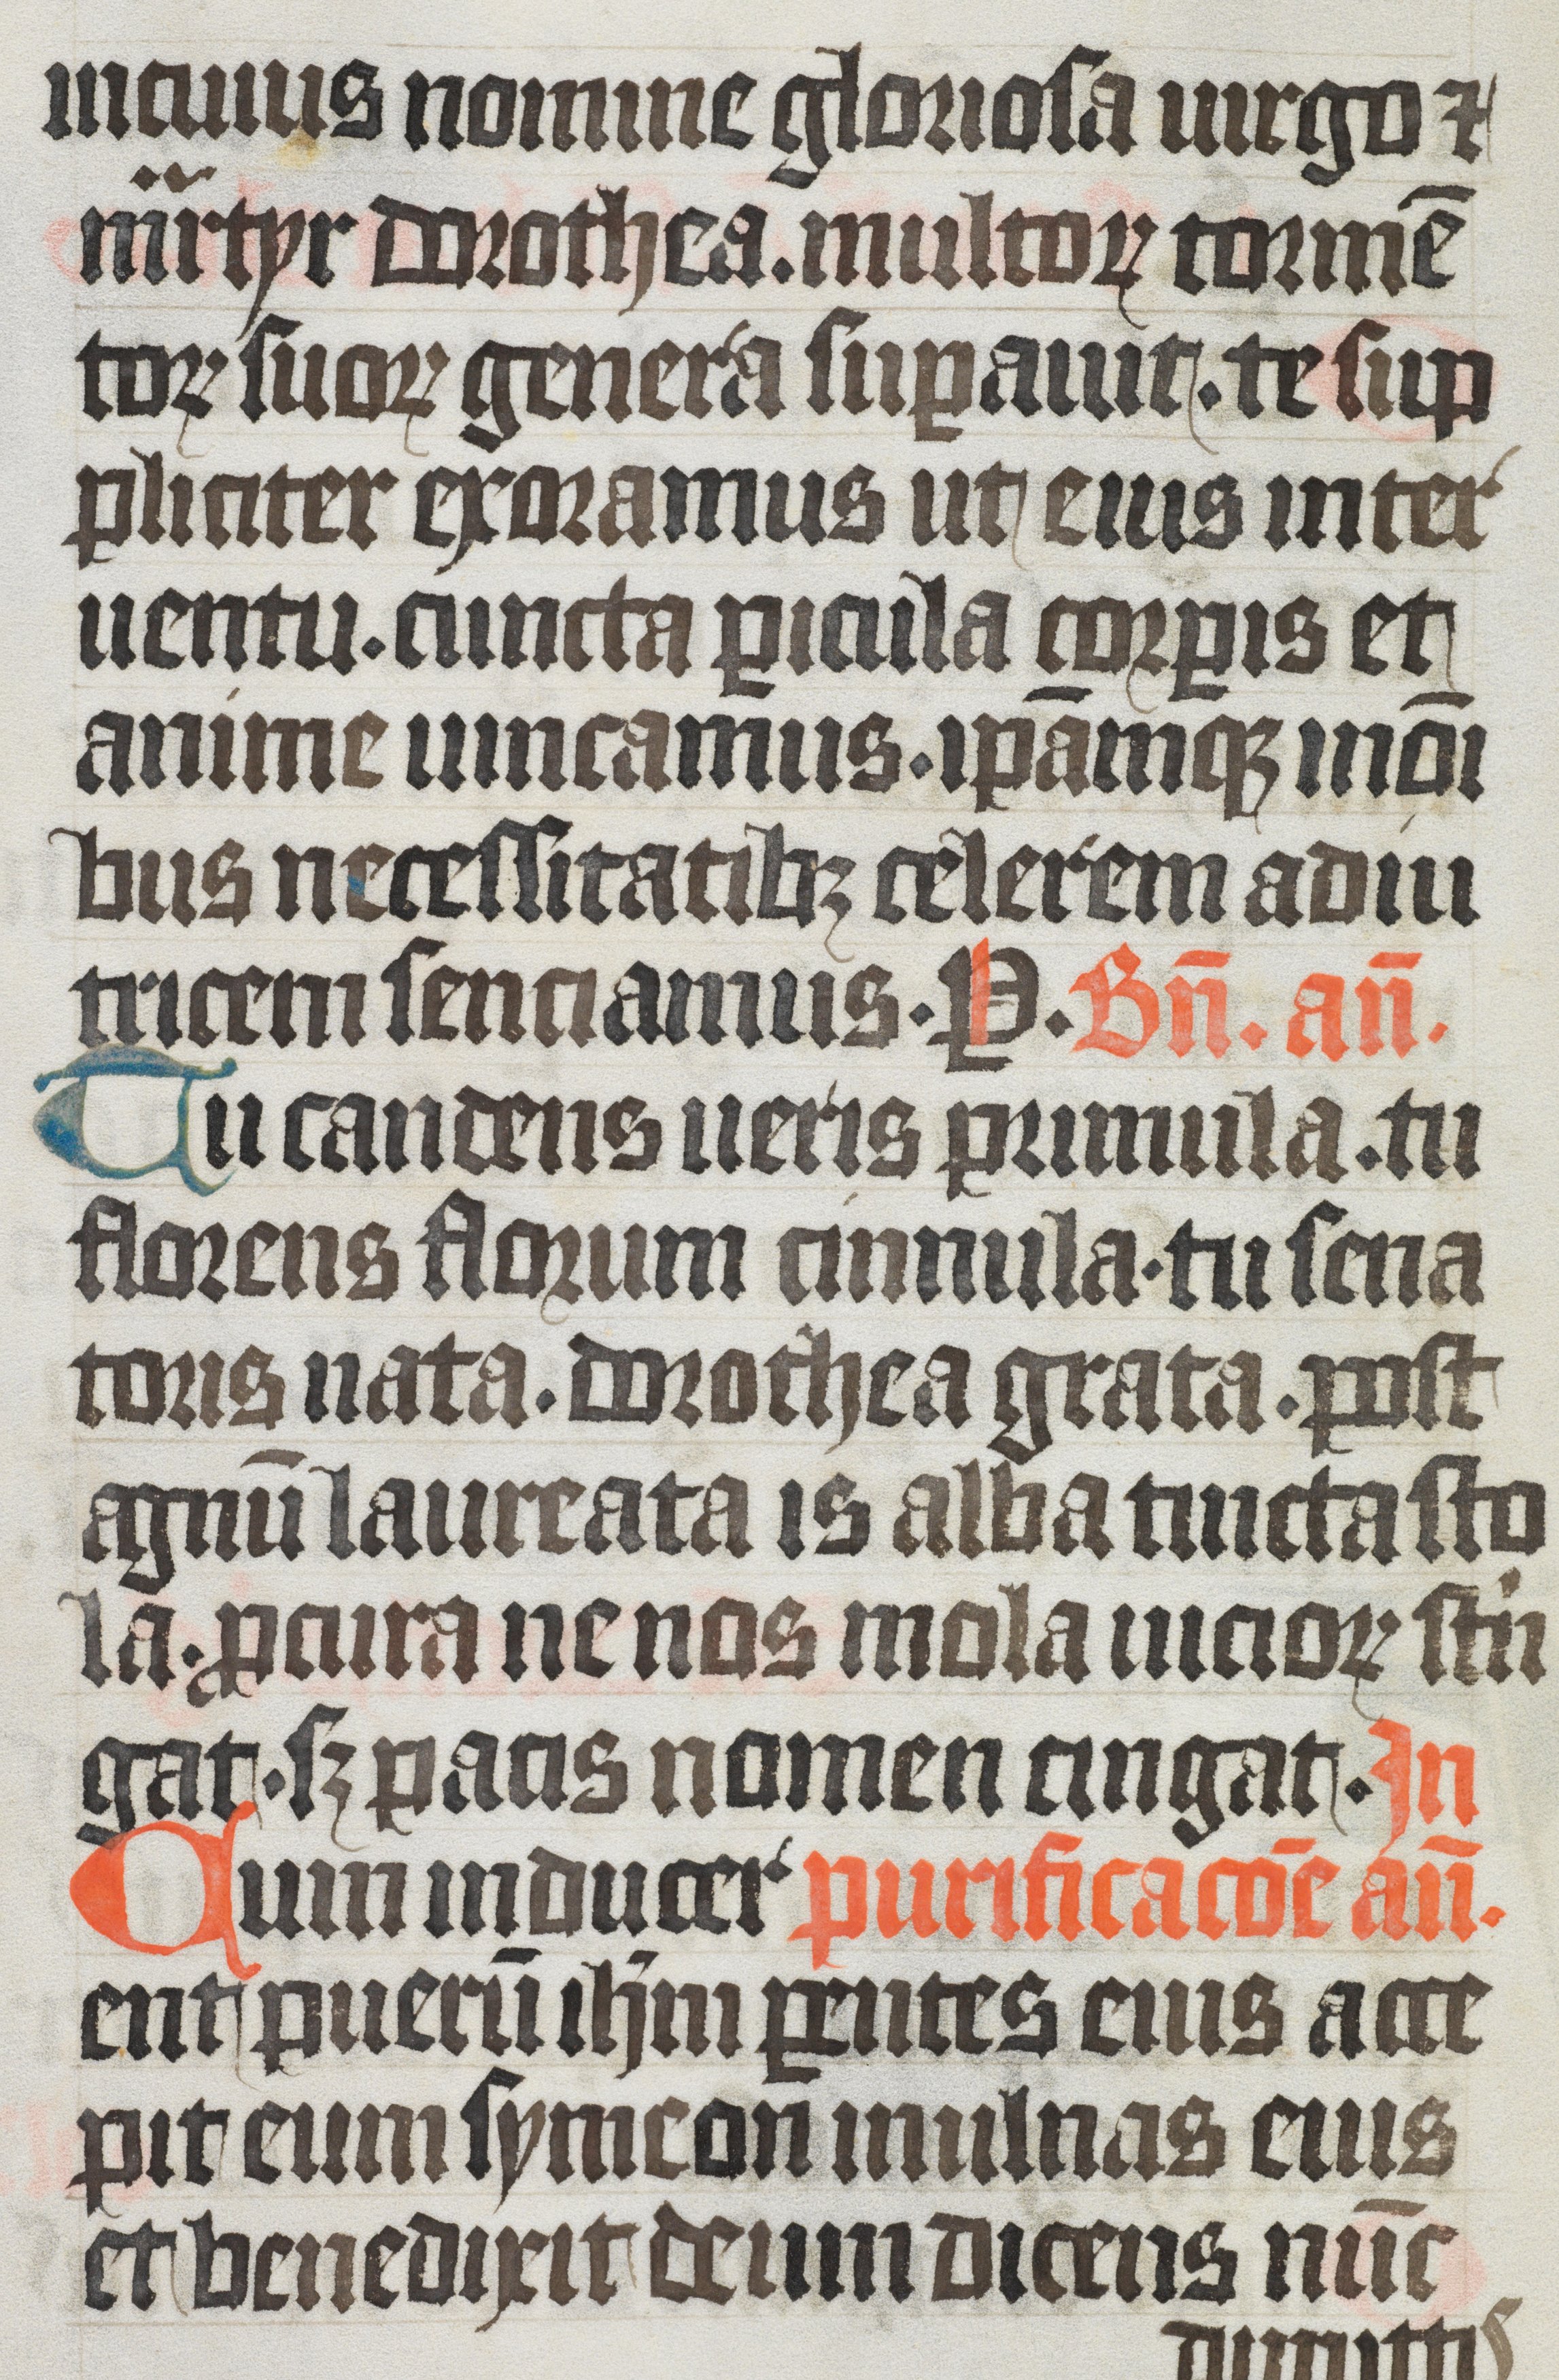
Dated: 1350–1399